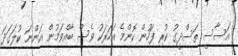
އަސާސީ ތަސްދީގު ކުރި ފަހުން ކޮންމެ އަހަރަކު ވެސް ބާއްވަމުން އަންނަ ކުލަގަދަ